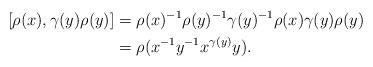
LaTeX: \begin{align*} [\rho(x), \gamma(y) \rho(y)] &= \rho(x)^{-1} \rho(y)^{-1} \gamma(y)^{-1} \rho(x) \gamma(y) \rho(y) \\&= \rho(x^{-1} y^{-1} x^{\gamma(y)} y). \end{align*}